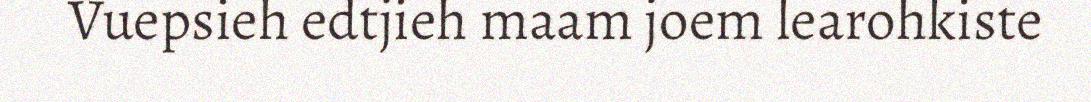
Vuepsieh edtjieh maam joem learohkiste